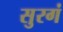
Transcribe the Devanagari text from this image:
सुरगं